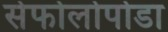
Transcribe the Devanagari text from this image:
सेफोलोपोडा